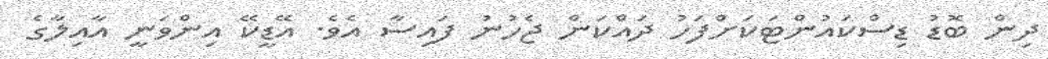
ދިން ބޮޑު ޑިސްކައުންޓަކަށްފަހު ދައްކަން ޖެހުނު ފައިސާ އެވެ. އޭޑީކޭ އިންވަނީ އާއިލާގެ